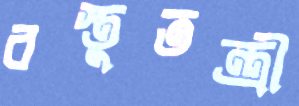
বস্তুতন্ত্রী